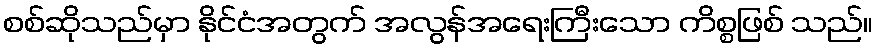
စစ်ဆိုသည်မှာ နိုင်ငံအတွက် အလွန်အရေးကြီးသော ကိစ္စဖြစ် သည်။